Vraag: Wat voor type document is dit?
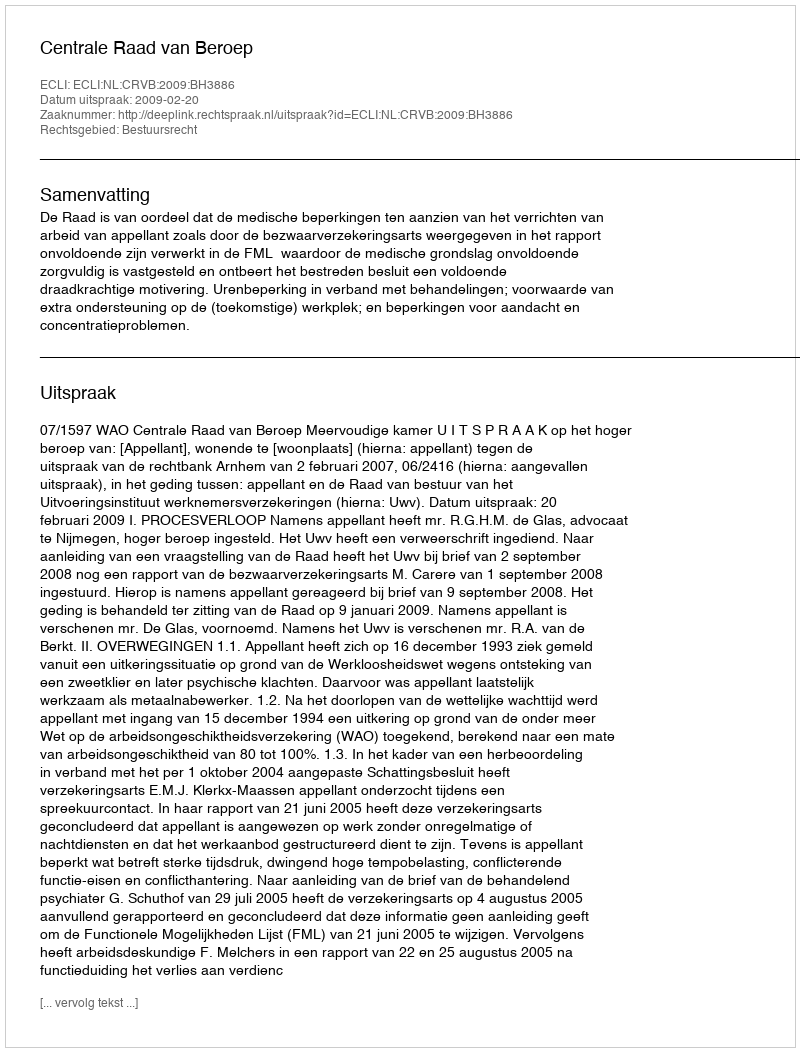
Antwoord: Uitspraak